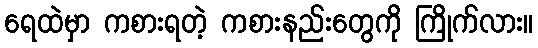
ရေထဲမှာ ကစားရတဲ့ ကစားနည်းတွေကို ကြိုက်လား။